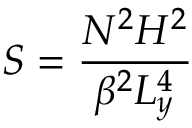
S = \frac { N ^ { 2 } H ^ { 2 } } { \beta ^ { 2 } L _ { y } ^ { 4 } }